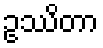
ဥဿိတာ